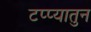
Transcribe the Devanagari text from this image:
टप्प्यातुन